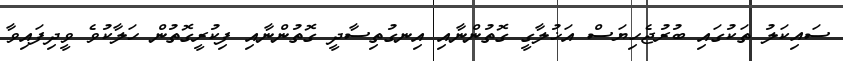
ސައިކަލު ތަކުގައި ބުރުޖެހިޔަސް އަޚުލާގީ ގޮތުންނާއި އިނގުތިސާދީ ގޮތުންނާއި ފިކުރީގޮތުން ހަލާކުވެ ވީދިފައިވާ